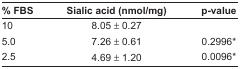
<table><thead><tr><td><b>% FBS</b></td><td><b>Sialic acid (nmol/mg)</b></td><td><b>p-value</b></td></tr></thead><tbody><tr><td>10</td><td>8.05 ± 0.27</td><td></td></tr><tr><td>5.0</td><td>7.26 ± 0.61</td><td>0.2996*</td></tr><tr><td>2.5</td><td>4.69 ± 1.20</td><td>0.0096*</td></tr></tbody></table>